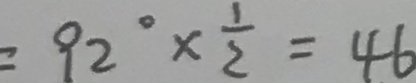
= 9 2 ^ { \circ } \times \frac { 1 } { 2 } = 4 6